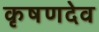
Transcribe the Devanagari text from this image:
कृषणदेव